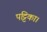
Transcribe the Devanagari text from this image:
पट्टिका।